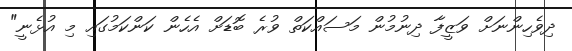
ދިވެހިންނަށް ވަޒީފާ ދިނުމުން މަސައްކަތް ވުރެ ބޮޑަށް އެހެން ކަންކަމުގައި މި އުޅެނީ"